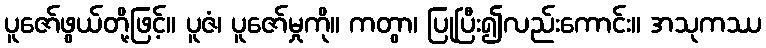
ပူဇော်ဖွယ်တို့ဖြင့်။ ပူဇံ၊ ပူဇော်မှုကို။ ကတွာ၊ ပြုပြီး၍လည်းကောင်း။ အသုကဿ